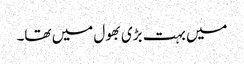
میں بہت بڑی بھول میں تھا۔